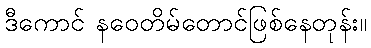
ဒီကောင် နဝေတိမ်တောင်ဖြစ်နေတုန်း။